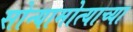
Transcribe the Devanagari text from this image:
सोन्यामोत्याच्या